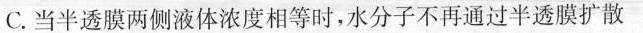
C.当半透膜两侧液体浓度相等时，水分子不再通过半透膜扩散